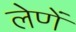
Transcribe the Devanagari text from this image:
लेणें